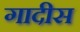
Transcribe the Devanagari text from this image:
गादीस